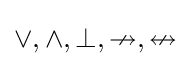
\vee ,\wedge ,\bot ,\nrightarrow ,\nleftrightarrow